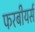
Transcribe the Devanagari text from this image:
फरबीयर्स